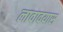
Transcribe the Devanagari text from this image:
लावावयास